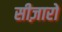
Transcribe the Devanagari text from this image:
सीज़ारो